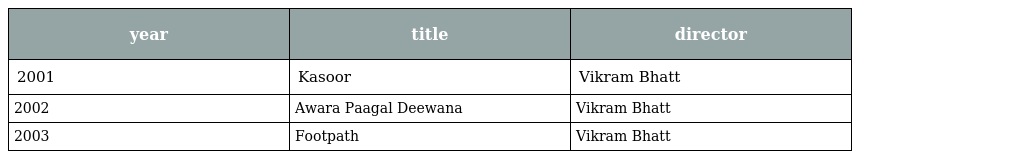
| year | title | director |
 | --- | --- | --- |
 | 2001 | Kasoor | Vikram Bhatt |
 | 2002 | Awara Paagal Deewana | Vikram Bhatt |
 | 2003 | Footpath | Vikram Bhatt |